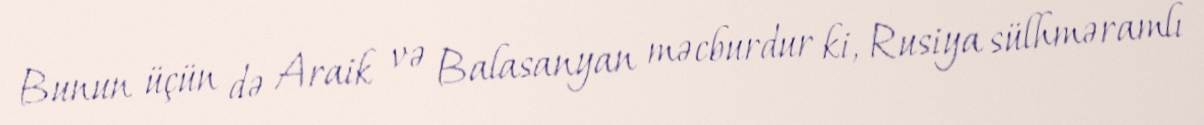
Bunun üçün də Araik və Balasanyan məcburdur ki, Rusiya sülhməramlı